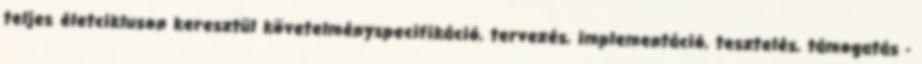
teljes életcikluson keresztül követelményspecifikáció, tervezés, implementáció, tesztelés, támogatás -